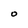
Character: o